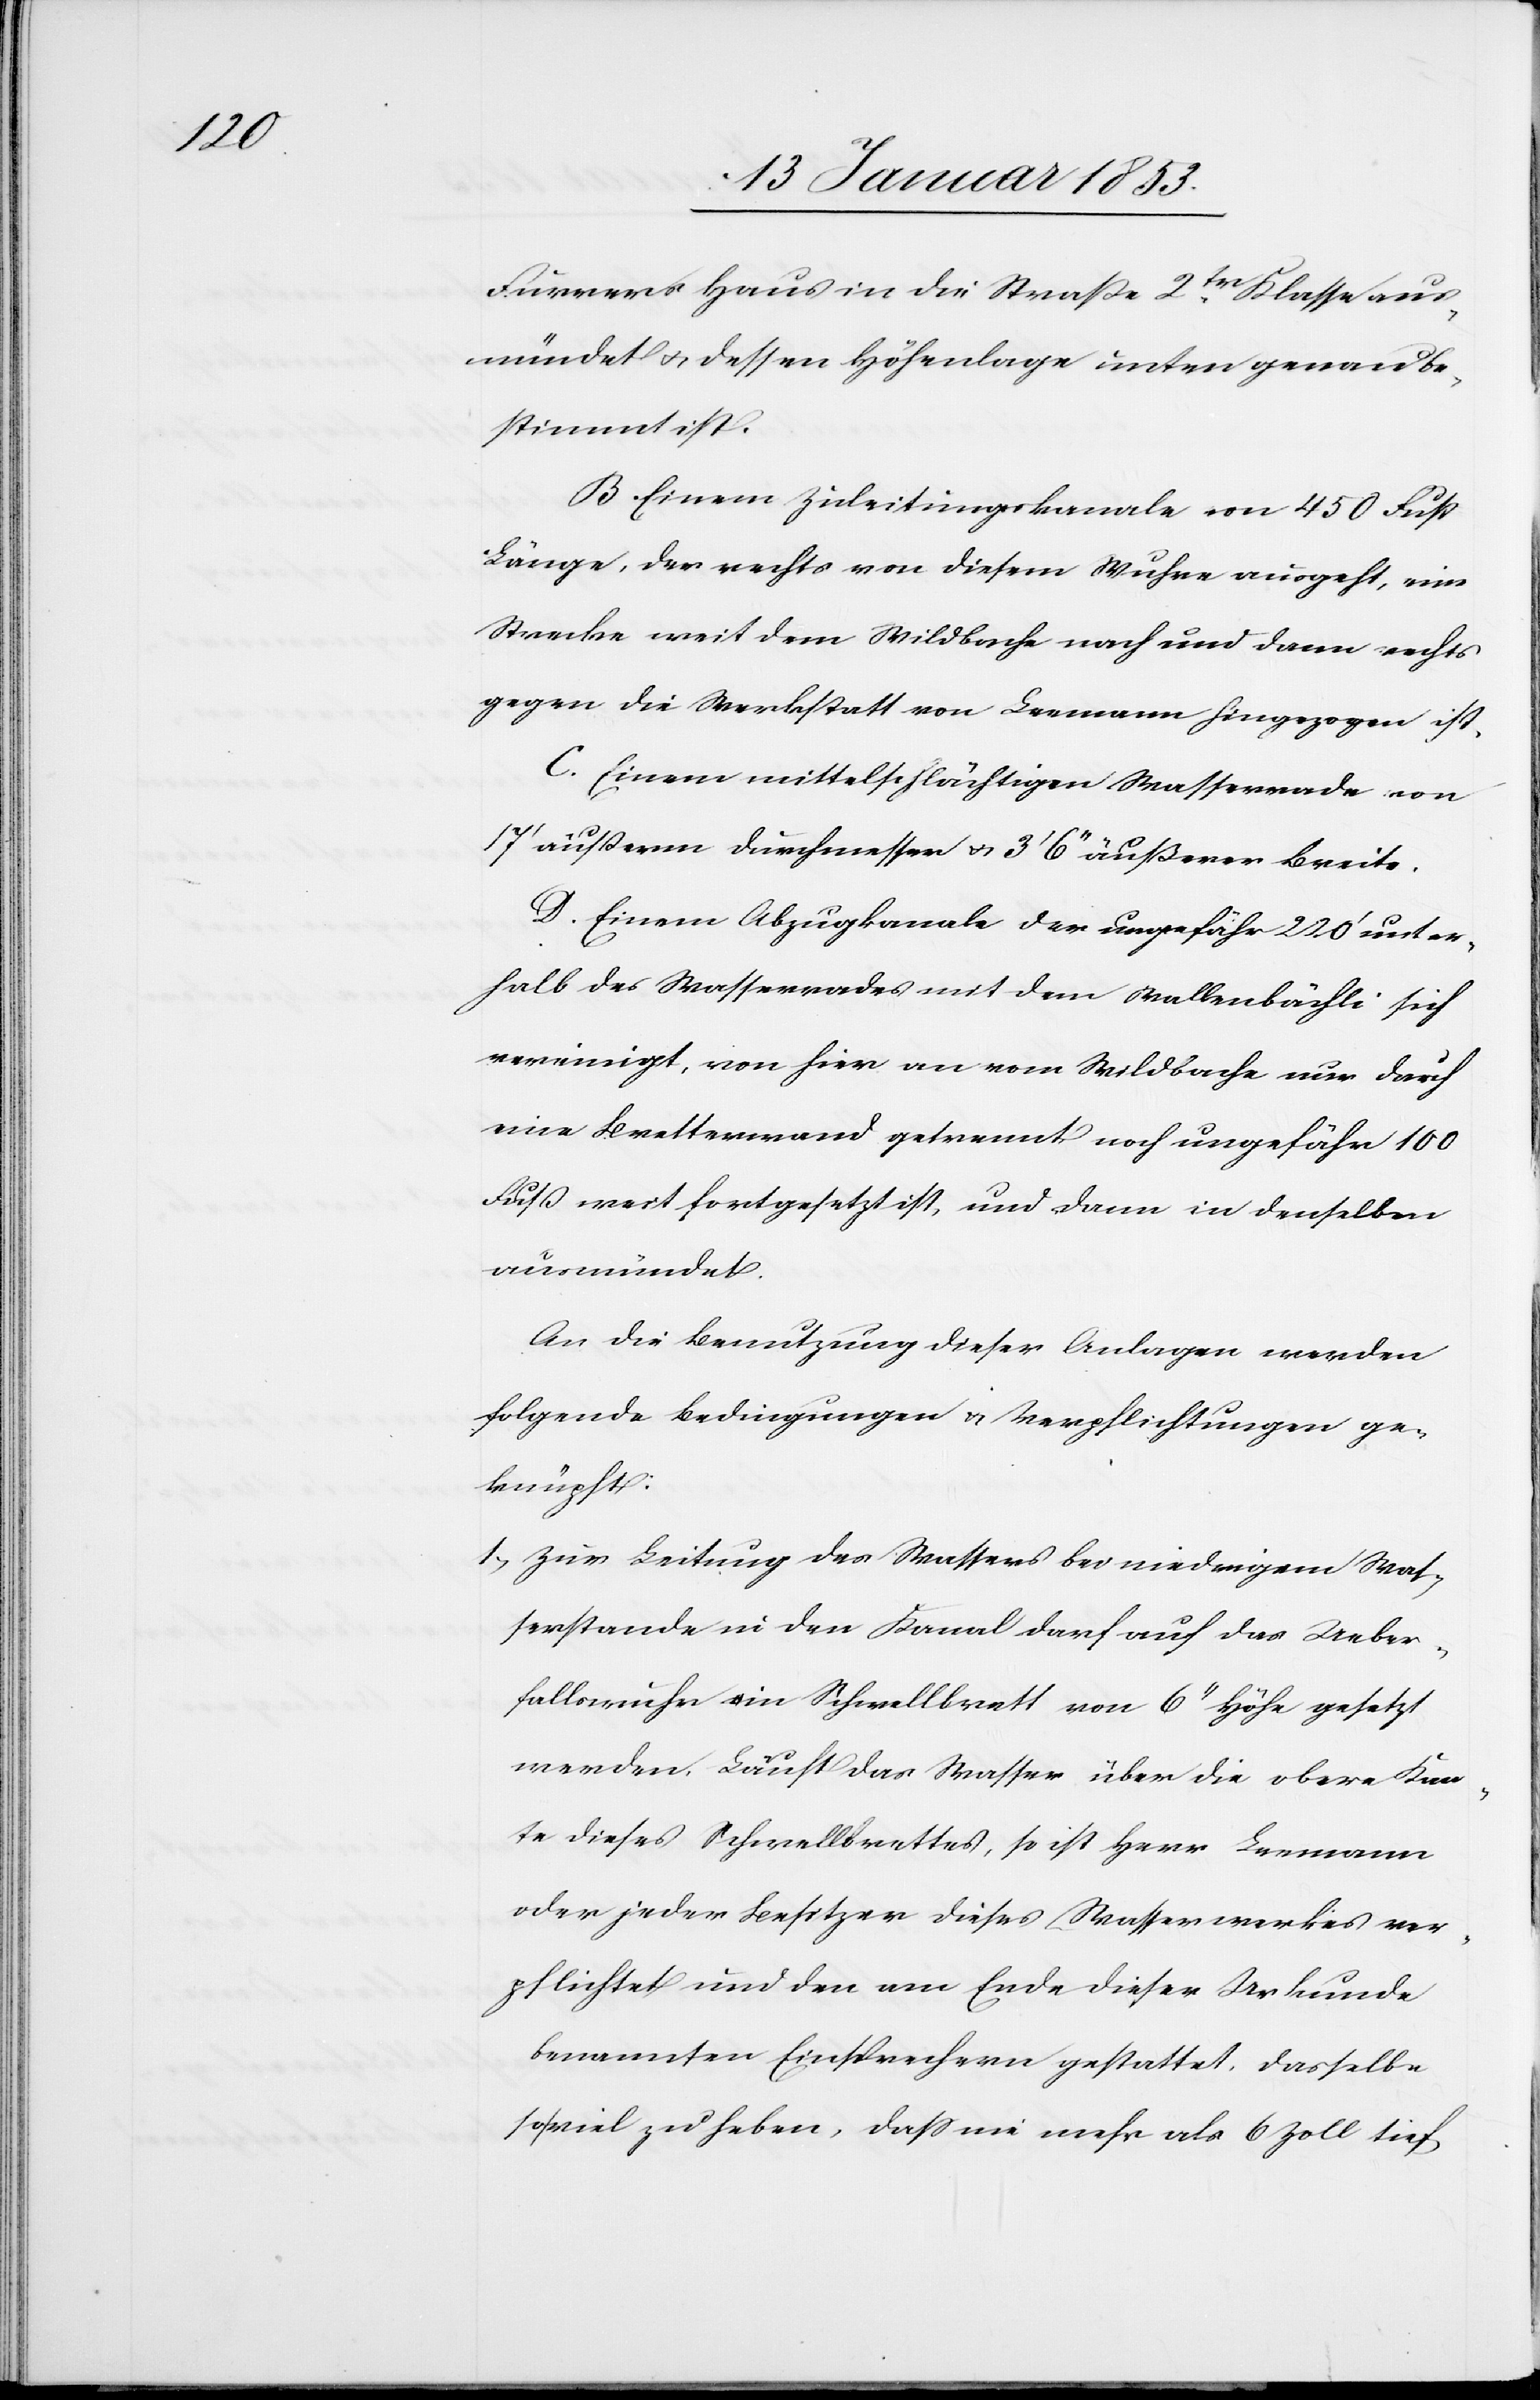
Furrers Haus in die Straß 2tr. Klasse aus¬
mündet u. dessen Höhenlage unten genau be¬
stimmt ist.
B. Einem Zuleitungskanale von 450 Fuß
Länge, der rechts von diesem Wuhre ausgeht, eine
Strecke weit dem Wildbach nach und dann rechts
gegen die Werkstatt von Leemann hingezogen ist.
C. Einem mittelschlächtigen Wasserrade von
17’ äußerm Durchmesser u. 3’ 6’’ äußerer Breite.
D. Einem Abzugkanale der ungefähr 220’ unter¬
halb des Wasserrades mit dem Wallenbächli sich
vereinigt, von hier an vom Wildbache nur durch
eine Bretterwand getrennt noch ungefähr 100
Fuß weit fortgesetzt ist, und dann in denselben
ausmündet.
An die Benutzung dieser Anlagen werden
folgende Bedingungen u. Verpflichtungen ge¬
knüpft:
1. Zur Leitung des Wassers bei niedrigem Was¬
serstande in den Kanal darf auf das Ueber¬
fallwuhr ein Schwellbrett von 6’’ Höhe gesetzt
werden. Läuft das Wasser über die obere Kan¬
te dieses Schwellbrettes, so ist Herr Leemann
oder jeder Besitzer dieses Wasserwerkes ver¬
pflichtet und den am Ende dieser Urkunde
benannten Einsprechern gestattet, dasselbe
soviel zu heben, daß nie mehr als 6 Zoll tief